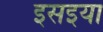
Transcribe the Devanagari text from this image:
इसइया